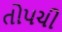
તોપચી